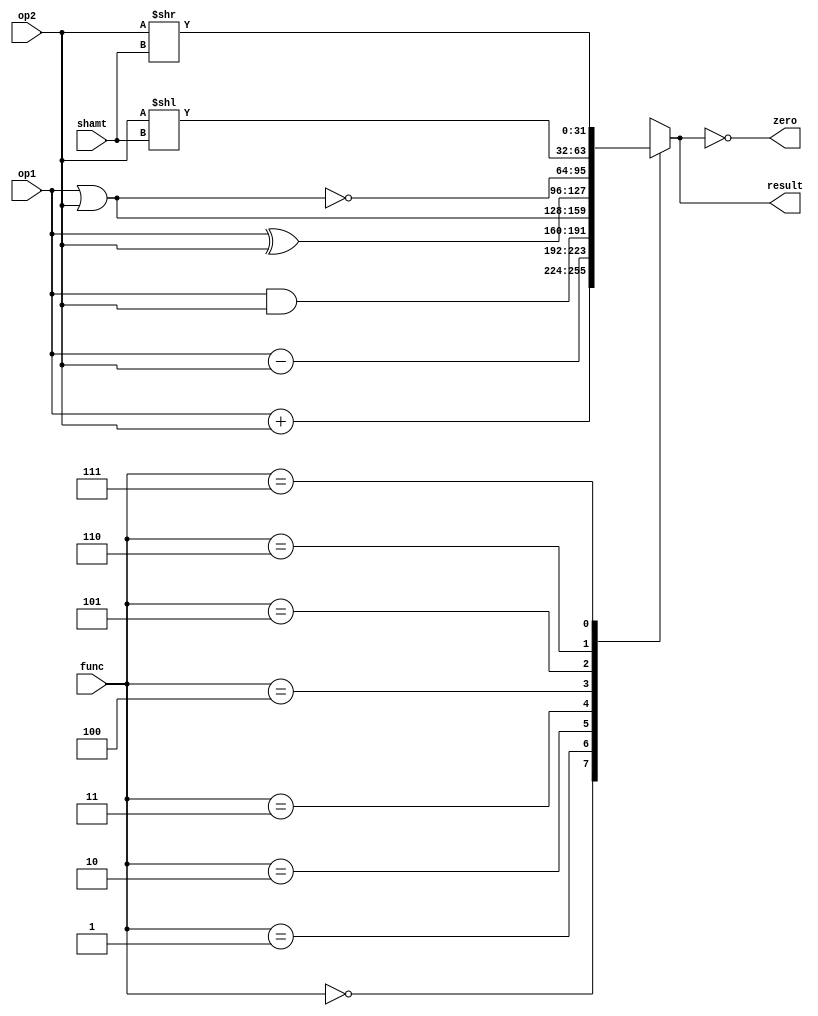
module alu(
	input [31:0]	op1,
	input [31:0]	op2,
	input [2:0]		func,
    input [4:0]     shamt,
	output reg [31:0]	result,
	output zero
);

assign zero = (result==0);
    
    always @(func, op1, op2) begin
        case (func)
            3'b000: result <= op1 + op2;        //Adio
            3'b001: result <= op1 - op2;        //Subtrao
            3'b010: result <= op1 & op2;        //E lgico
            3'b011: result <= op1 | op2;        //Ou lgico
            3'b100: result <= op1 ^ op2;        //Ou exclusivo lpgico (XOR)
            3'b101: result <= ~(op1 | op2);     //No Ou lgico (NOR)
            3'b110: result <= op2 << shamt;     //Shift Esquerda lgico (sll)
            3'b111: result <= op2 >> shamt;     //Shift Direita lgico (srl)
        endcase
    end

endmodule